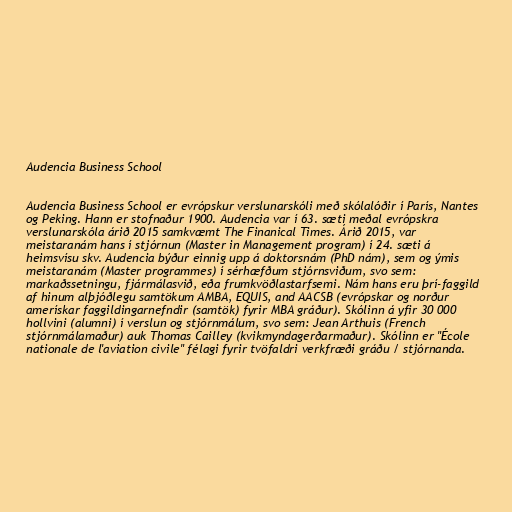
Audencia Business School

Audencia Business School er evrópskur verslunarskóli með skólalóðir í París, Nantes
og Peking. Hann er stofnaður 1900. Audencia var í 63. sæti meðal evrópskra
verslunarskóla árið 2015 samkvæmt The Finanical Times. Árið 2015, var
meistaranám hans í stjórnun (Master in Management program) í 24. sæti á
heimsvísu skv. Audencia býður einnig upp á doktorsnám (PhD nám), sem og ýmis
meistaranám (Master programmes) í sérhæfðum stjórnsviðum, svo sem:
markaðssetningu, fjármálasvið, eða frumkvöðlastarfsemi. Nám hans eru þrí-faggild
af hinum alþjóðlegu samtökum AMBA, EQUIS, and AACSB (evrópskar og norður
amerískar faggildingarnefndir (samtök) fyrir MBA gráður). Skólinn á yfir 30 000
hollvini (alumni) í verslun og stjórnmálum, svo sem: Jean Arthuis (French
stjórnmálamaður) auk Thomas Cailley (kvikmyndagerðarmaður). Skólinn er "École
nationale de l'aviation civile" félagi fyrir tvöfaldri verkfræði gráðu / stjórnanda.